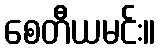
စေတီယမင်း။